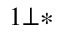
^ { 1 \bot \ast }